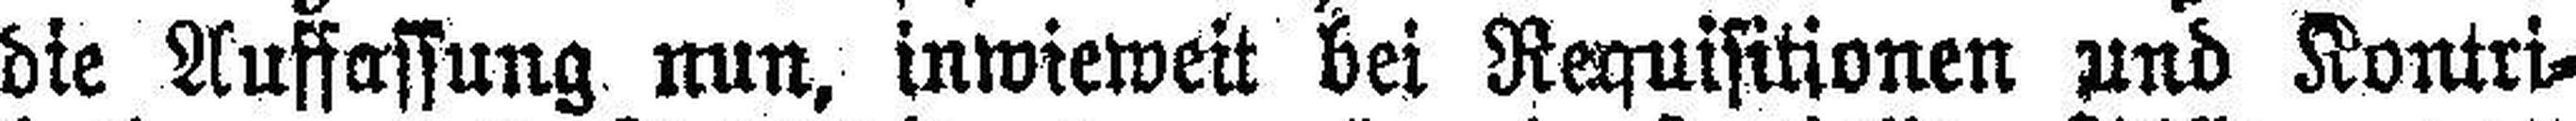
die Auffassung nun, inwieweit bei Requisitionen und Kontri¬